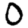
Digit: 0